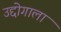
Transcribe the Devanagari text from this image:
उद्दोगाला